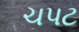
ચપટ